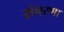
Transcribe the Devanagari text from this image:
संचरणा